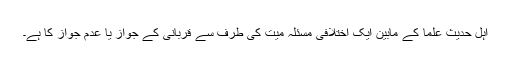
اہل حدیث علما کے مابین ایک اختلافی مسئلہ میت کی طرف سے قربانی کے جواز یا عدم جواز کا ہے۔